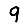
Digit: 9